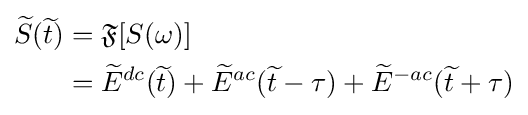
{\begin{aligned}{\widetilde {S}}({\widetilde {t}})&={\mathfrak {F}}[S(\omega )]\\&={\widetilde {E}}^{dc}({\widetilde {t}})+{\widetilde {E}}^{ac}({\widetilde {t}}-\tau )+{\widetilde {E}}^{-ac}({\widetilde {t}}+\tau )\end{aligned}}